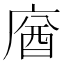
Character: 𢉷